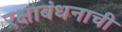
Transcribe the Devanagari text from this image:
रक्षाबंधनाची